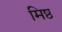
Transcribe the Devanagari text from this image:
मिष्ठ